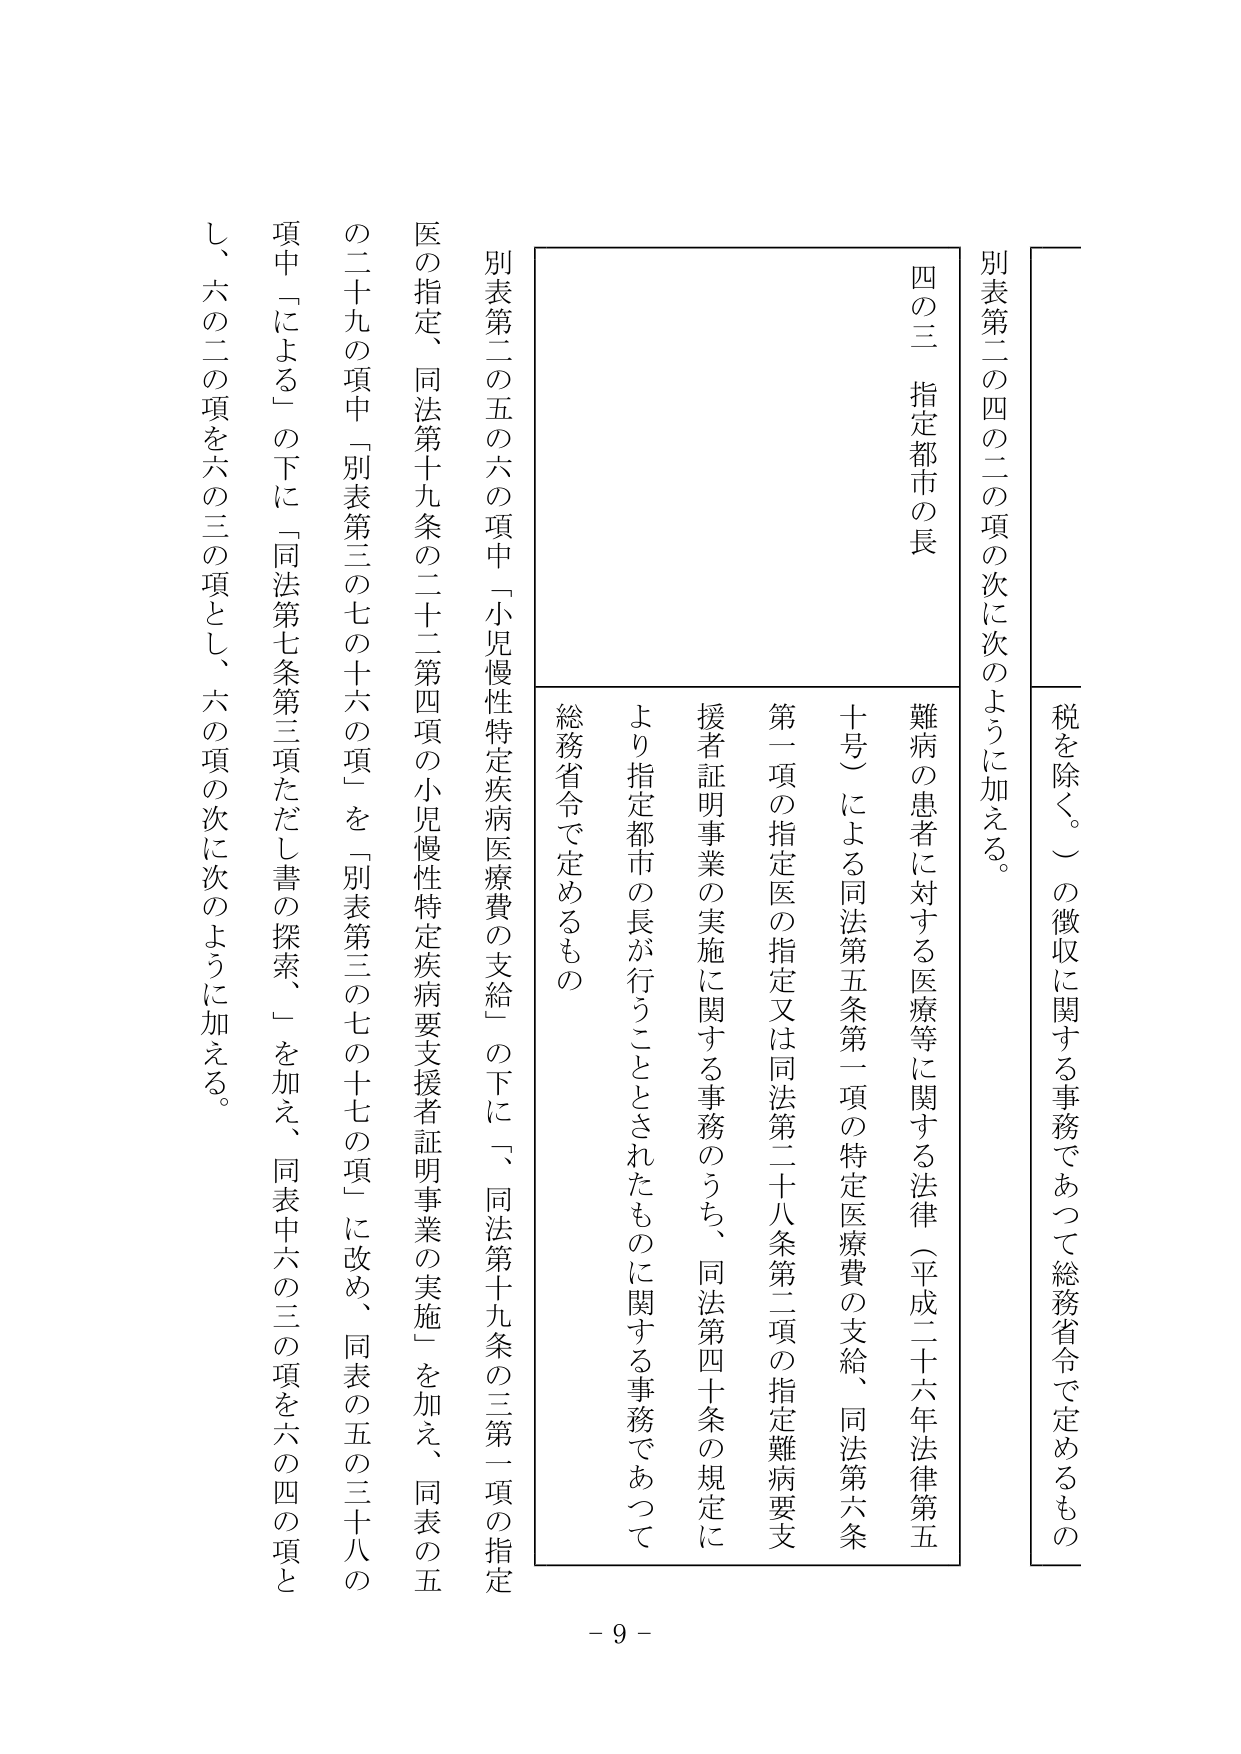
別表第二の四の二の項の次に次のように加える。

四の三 指定都市の長

難病の患者に対する医療等に関する法律（平成二十六年法律第五十号）による同法第五条第一項の特定医療費の支給、同法第六条第一項の指定医の指定又は同法第二十八条第二項の指定難病要支援者証明事業の実施に関する事務のうち、同法第四十条の規定により指定都市の長が行うこととされたものに関する事務であつて総務省令で定めるもの

税を除く。）の徴収に関する事務であつて総務省令で定めるもの

別表第二の五の六の項中「小児慢性特定疾病医療費の支給」の下に、「同法第十九条の三第一項の指定医の指定、同法第十九条の二十二第四項の小児慢性特定疾病要支援者証明事業の実施」を加え、同表の五の二十九の項中「別表第三の七の十六の項」を「別表第三の七の十七の項」に改め、同表の五の三十八の項中「による」の下に「同法第七条第三項ただし書の探索、」を加え、同表中六の三の項を六の四の項とし、六の二の項を六の三の項とし、六の項の次に次のように加える。

- 9 -